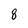
Character: 8